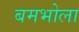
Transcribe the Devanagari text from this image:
बमभोला